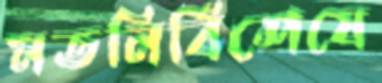
মতনির্বিশেষে